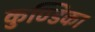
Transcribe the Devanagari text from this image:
कुण्डिका